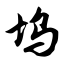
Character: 坞